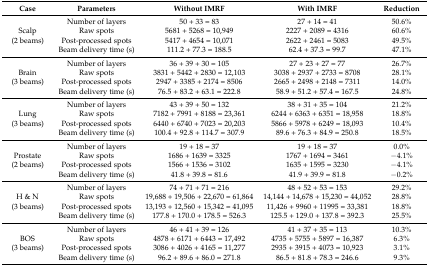
<table><thead><tr><td><b>Case</b></td><td><b>Parameters</b></td><td><b>Without IMRF</b></td><td><b>With IMRF</b></td><td><b>Reduction</b></td></tr></thead><tbody><tr><td rowspan="4">Scalp (2 beams)</td><td>Number of layers</td><td>50 + 33 = 83</td><td>27 + 14 = 41</td><td>50.6%</td></tr><tr><td>Raw spots</td><td>5681 + 5268 = 10,949</td><td>2227 + 2089 = 4316</td><td>60.6%</td></tr><tr><td>Post-processed spots</td><td>5417 + 4654 = 10,071</td><td>2622 + 2461 = 5083</td><td>49.5%</td></tr><tr><td>Beam delivery time (s)</td><td>111.2 + 77.3 = 188.5</td><td>62.4 + 37.3 = 99.7</td><td>47.1%</td></tr><tr><td rowspan="4">Brain (3 beams)</td><td>Number of layers</td><td>36 + 39 + 30 = 105</td><td>27 + 23 + 27 = 77</td><td>26.7%</td></tr><tr><td>Raw spots</td><td>3831 + 5442 + 2830 = 12,103</td><td>3038 + 2937 + 2733 = 8708</td><td>28.1%</td></tr><tr><td>Post-processed spots</td><td>2947 + 3385 + 2174 = 8506</td><td>2665 + 2498 + 2148 = 7311</td><td>14.0%</td></tr><tr><td>Beam delivery time (s)</td><td>76.5 + 83.2 + 63.1 = 222.8</td><td>58.9 + 51.2 + 57.4 = 167.5</td><td>24.8%</td></tr><tr><td rowspan="4">Lung (3 beams)</td><td>Number of layers</td><td>43 + 39 + 50 = 132</td><td>38 + 31 + 35 = 104</td><td>21.2%</td></tr><tr><td>Raw spots</td><td>7182 + 7991 + 8188 = 23,361</td><td>6244 + 6363 + 6351 = 18,958</td><td>18.8%</td></tr><tr><td>Post-processed spots</td><td>6440 + 6740 + 7023 = 20,203</td><td>5866 + 5978 + 6249 = 18,093</td><td>10.4%</td></tr><tr><td>Beam delivery time (s)</td><td>100.4 + 92.8 + 114.7 = 307.9</td><td>89.6 + 76.3 + 84.9 = 250.8</td><td>18.5%</td></tr><tr><td rowspan="4">Prostate (2 beams)</td><td>Number of layers</td><td>19 + 18 = 37</td><td>19 + 18 = 37</td><td>0.0%</td></tr><tr><td>Raw spots</td><td>1686 + 1639 = 3325</td><td>1767 + 1694 = 3461</td><td>−4.1%</td></tr><tr><td>Post-processed spots</td><td>1566 + 1536 = 3102</td><td>1635 + 1595 = 3230</td><td>−4.1%</td></tr><tr><td>Beam delivery time (s)</td><td>41.8 + 39.8 = 81.6</td><td>41.9 + 39.9 = 81.8</td><td>−0.2%</td></tr><tr><td rowspan="4">H &amp; N (3 beams)</td><td>Number of layers</td><td>74 + 71 + 71 = 216</td><td>48 + 52 + 53 = 153</td><td>29.2%</td></tr><tr><td>Raw spots</td><td>19,688 + 19,506 + 22,670 = 61,864</td><td>14,144 + 14,678 + 15,230 = 44,052</td><td>28.8%</td></tr><tr><td>Post-processed spots</td><td>13,193 + 12,560 + 15,342 = 41,095</td><td>11,426 + 9960 + 11995 = 33,381</td><td>18.8%</td></tr><tr><td>Beam delivery time (s)</td><td>177.8 + 170.0 + 178.5 = 526.3</td><td>125.5 + 129.0 + 137.8 = 392.3</td><td>25.5%</td></tr><tr><td rowspan="4">BOS (3 beams)</td><td>Number of layers</td><td>46 + 41 + 39 = 126</td><td>41 + 37 + 35 = 113</td><td>10.3%</td></tr><tr><td>Raw spots</td><td>4878 + 6171 + 6443 = 17,492</td><td>4735 + 5755 + 5897 = 16,387</td><td>6.3%</td></tr><tr><td>Post-processed spots</td><td>3086 + 4026 + 4165 = 11,277</td><td>2935 + 3915 + 4073 = 10,923</td><td>3.1%</td></tr><tr><td>Beam delivery time (s)</td><td>96.2 + 89.6 + 86.0 = 271.8</td><td>86.5 + 81.8 + 78.3 = 246.6</td><td>9.3%</td></tr></tbody></table>